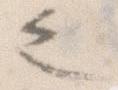
之